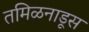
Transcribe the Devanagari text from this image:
तमिळनाडूस